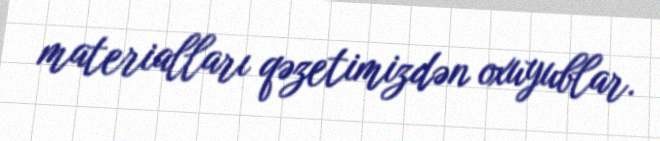
materialları qəzetimizdən oxuyublar.